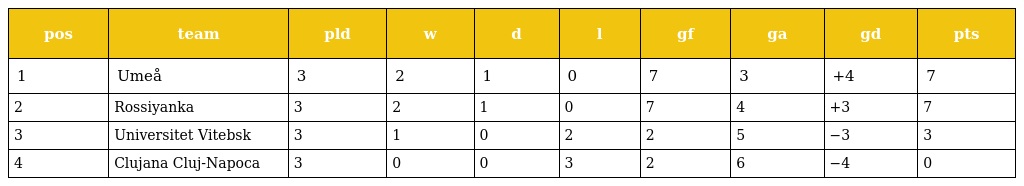
| pos | team | pld | w | d | l | gf | ga | gd | pts |
 | --- | --- | --- | --- | --- | --- | --- | --- | --- | --- |
 | 1 | Umeå | 3 | 2 | 1 | 0 | 7 | 3 | +4 | 7 |
 | 2 | Rossiyanka | 3 | 2 | 1 | 0 | 7 | 4 | +3 | 7 |
 | 3 | Universitet Vitebsk | 3 | 1 | 0 | 2 | 2 | 5 | −3 | 3 |
 | 4 | Clujana Cluj-Napoca | 3 | 0 | 0 | 3 | 2 | 6 | −4 | 0 |